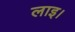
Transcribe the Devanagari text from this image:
लाइ।